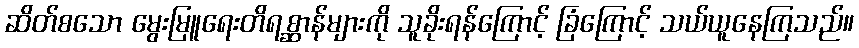
ဆိတ်စသော မွေးမြူရေးတိရစ္ဆာန်များကို သူခိုးရန်ကြောင့် ခြံကြောင့် သယ်ယူနေကြသည်။